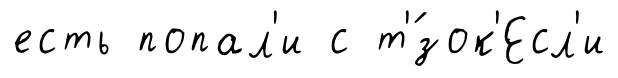
есть попал'и с т'́зок'Есл'и